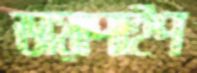
ডায়াপাইপ